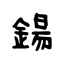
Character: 鍚